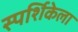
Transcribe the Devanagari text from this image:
स्पर्शिकेला